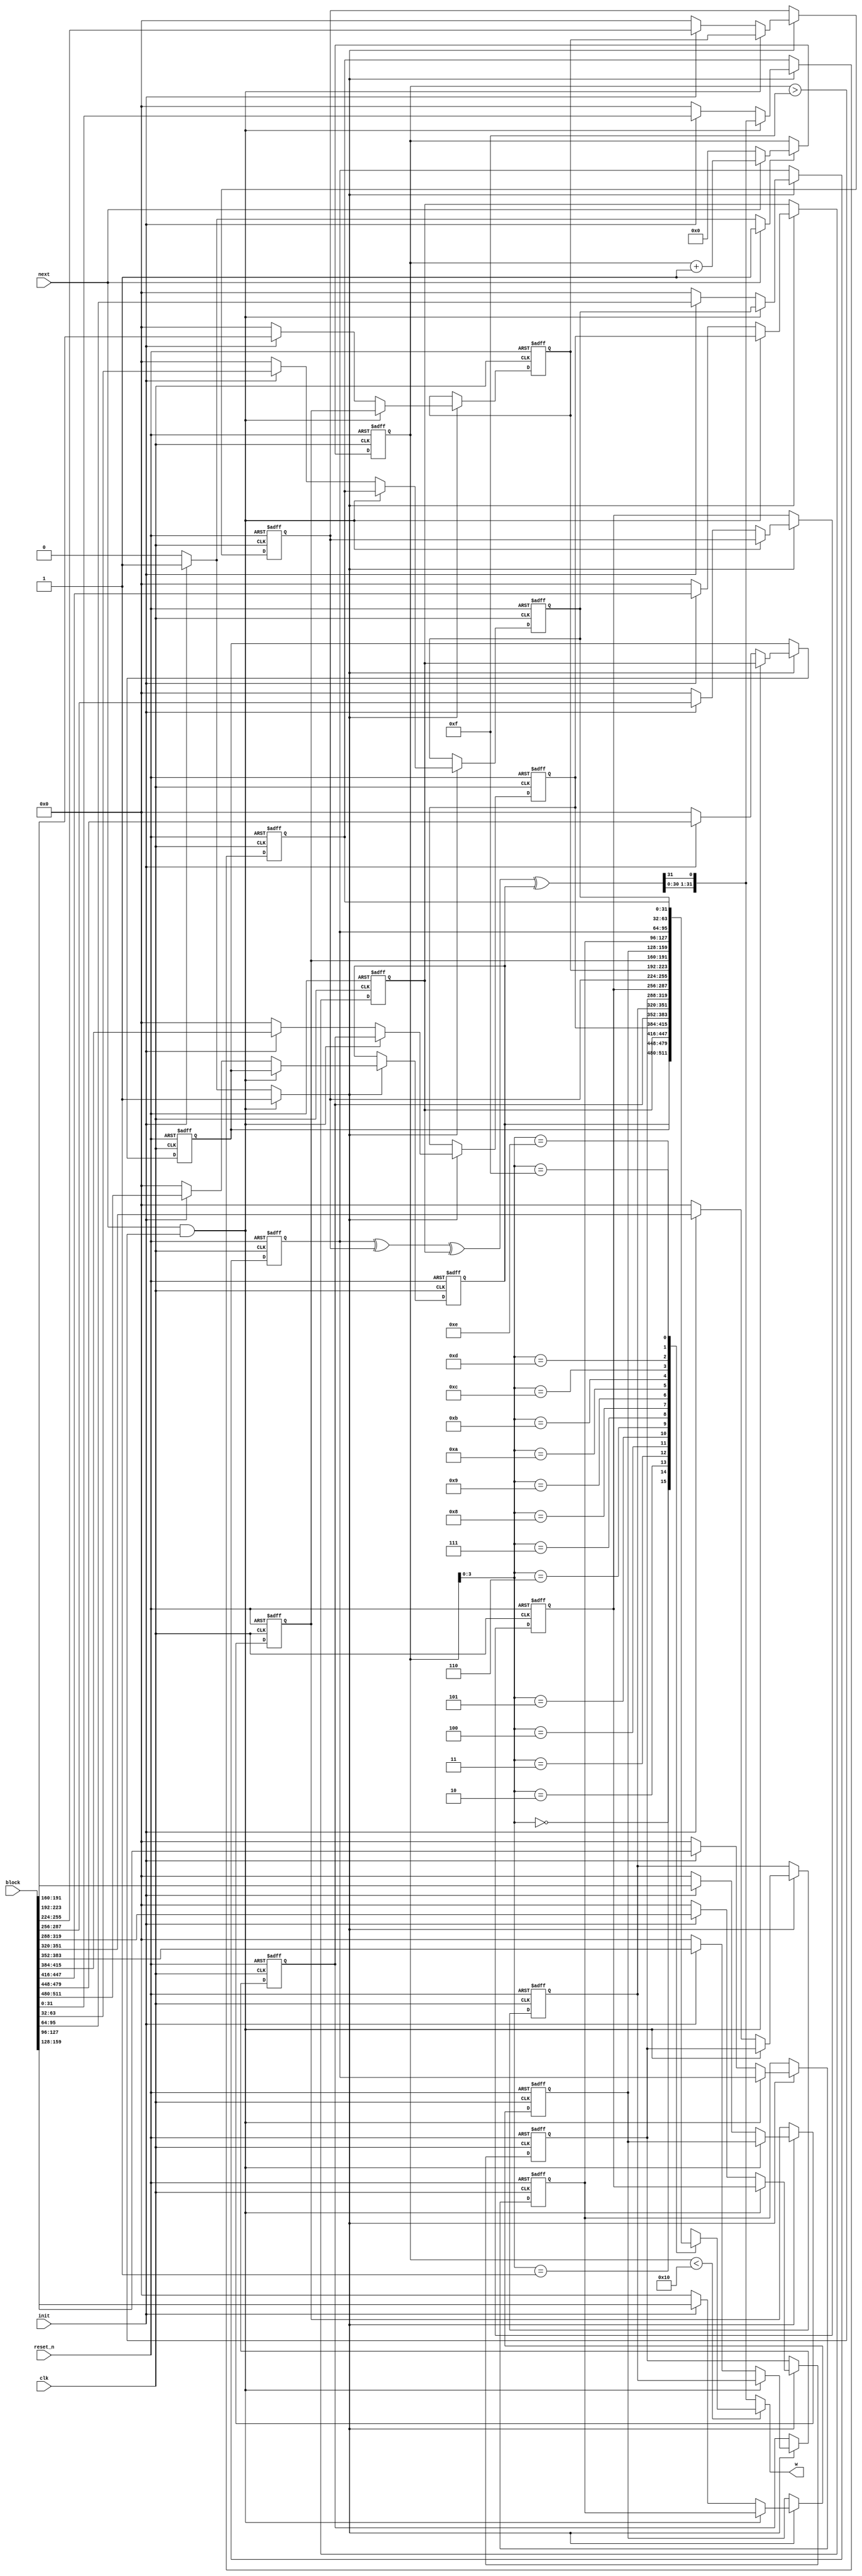
//======================================================================
//
// sha1_w_mem_reg.v
// -----------------
// The SHA-1 W memory. This memory includes functionality to
// expand the block into 80 words.
//
//
// Copyright (c) 2013 Secworks Sweden AB
// All rights reserved.
//
// Redistribution and use in source and binary forms, with or
// without modification, are permitted provided that the following
// conditions are met:
//
// 1. Redistributions of source code must retain the above copyright
//    notice, this list of conditions and the following disclaimer.
//
// 2. Redistributions in binary form must reproduce the above copyright
//    notice, this list of conditions and the following disclaimer in
//    the documentation and/or other materials provided with the
//    distribution.
//
// THIS SOFTWARE IS PROVIDED BY THE COPYRIGHT HOLDERS AND CONTRIBUTORS
// "AS IS" AND ANY EXPRESS OR IMPLIED WARRANTIES, INCLUDING, BUT NOT
// LIMITED TO, THE IMPLIED WARRANTIES OF MERCHANTABILITY AND FITNESS
// FOR A PARTICULAR PURPOSE ARE DISCLAIMED. IN NO EVENT SHALL THE
// COPYRIGHT OWNER OR CONTRIBUTORS BE LIABLE FOR ANY DIRECT, INDIRECT,
// INCIDENTAL, SPECIAL, EXEMPLARY, OR CONSEQUENTIAL DAMAGES (INCLUDING,
// BUT NOT LIMITED TO, PROCUREMENT OF SUBSTITUTE GOODS OR SERVICES;
// LOSS OF USE, DATA, OR PROFITS; OR BUSINESS INTERRUPTION) HOWEVER
// CAUSED AND ON ANY THEORY OF LIABILITY, WHETHER IN CONTRACT,
// STRICT LIABILITY, OR TORT (INCLUDING NEGLIGENCE OR OTHERWISE)
// ARISING IN ANY WAY OUT OF THE USE OF THIS SOFTWARE, EVEN IF
// ADVISED OF THE POSSIBILITY OF SUCH DAMAGE.
//
//======================================================================

module sha1_w_mem(
                  input wire           clk,
                  input wire           reset_n,

                  input wire [511 : 0] block,

                  input wire           init,
                  input wire           next,

                  output wire [31 : 0] w
                 );


  //----------------------------------------------------------------
  // Internal constant and parameter definitions.
  //----------------------------------------------------------------
  parameter SHA1_ROUNDS = 79;

  parameter CTRL_IDLE   = 1'b0;
  parameter CTRL_UPDATE = 1'b1;


  //----------------------------------------------------------------
  // Registers including update variables and write enable.
  //----------------------------------------------------------------
  reg [31 : 0] w_mem [0 : 15];
  reg [31 : 0] w_mem00_new;
  reg [31 : 0] w_mem01_new;
  reg [31 : 0] w_mem02_new;
  reg [31 : 0] w_mem03_new;
  reg [31 : 0] w_mem04_new;
  reg [31 : 0] w_mem05_new;
  reg [31 : 0] w_mem06_new;
  reg [31 : 0] w_mem07_new;
  reg [31 : 0] w_mem08_new;
  reg [31 : 0] w_mem09_new;
  reg [31 : 0] w_mem10_new;
  reg [31 : 0] w_mem11_new;
  reg [31 : 0] w_mem12_new;
  reg [31 : 0] w_mem13_new;
  reg [31 : 0] w_mem14_new;
  reg [31 : 0] w_mem15_new;
  reg          w_mem_we;

  reg [6 : 0] w_ctr_reg;
  reg [6 : 0] w_ctr_new;
  reg         w_ctr_we;


  //----------------------------------------------------------------
  // Wires.
  //----------------------------------------------------------------
  reg [31 : 0] w_tmp;
  reg [31 : 0] w_new;


  //----------------------------------------------------------------
  // Concurrent connectivity for ports etc.
  //----------------------------------------------------------------
  assign w = w_tmp;


  //----------------------------------------------------------------
  // reg_update
  //
  // Update functionality for all registers in the core.
  // All registers are positive edge triggered with
  // asynchronous active low reset.
  //----------------------------------------------------------------
  always @ (posedge clk or negedge reset_n)
    begin : reg_update
      integer i;

      if (!reset_n)
        begin
          for (i = 0 ; i < 16 ; i = i + 1)
            w_mem[i] <= 32'h0;

          w_ctr_reg <= 7'h0;
        end
      else
        begin
          if (w_mem_we)
            begin
              w_mem[00] <= w_mem00_new;
              w_mem[01] <= w_mem01_new;
              w_mem[02] <= w_mem02_new;
              w_mem[03] <= w_mem03_new;
              w_mem[04] <= w_mem04_new;
              w_mem[05] <= w_mem05_new;
              w_mem[06] <= w_mem06_new;
              w_mem[07] <= w_mem07_new;
              w_mem[08] <= w_mem08_new;
              w_mem[09] <= w_mem09_new;
              w_mem[10] <= w_mem10_new;
              w_mem[11] <= w_mem11_new;
              w_mem[12] <= w_mem12_new;
              w_mem[13] <= w_mem13_new;
              w_mem[14] <= w_mem14_new;
              w_mem[15] <= w_mem15_new;
            end

          if (w_ctr_we)
            w_ctr_reg <= w_ctr_new;
        end
    end // reg_update


  //----------------------------------------------------------------
  // select_w
  //
  // W word selection logic. Returns either directly from the
  // memory or the next w value calculated.
  //----------------------------------------------------------------
  always @*
    begin : select_w
      if (w_ctr_reg < 16)
        w_tmp = w_mem[w_ctr_reg[3 : 0]];
      else
        w_tmp = w_new;
    end // select_w


  //----------------------------------------------------------------
  // w_mem_update_logic
  //
  // Update logic for the W memory. This is where the scheduling
  // based on a sliding window is implemented.
  //----------------------------------------------------------------
  always @*
    begin : w_mem_update_logic
      reg [31 : 0] w_0;
      reg [31 : 0] w_2;
      reg [31 : 0] w_8;
      reg [31 : 0] w_13;
      reg [31 : 0] w_16;

      w_mem00_new = 32'h0;
      w_mem01_new = 32'h0;
      w_mem02_new = 32'h0;
      w_mem03_new = 32'h0;
      w_mem04_new = 32'h0;
      w_mem05_new = 32'h0;
      w_mem06_new = 32'h0;
      w_mem07_new = 32'h0;
      w_mem08_new = 32'h0;
      w_mem09_new = 32'h0;
      w_mem10_new = 32'h0;
      w_mem11_new = 32'h0;
      w_mem12_new = 32'h0;
      w_mem13_new = 32'h0;
      w_mem14_new = 32'h0;
      w_mem15_new = 32'h0;
      w_mem_we    = 0;

      w_0   = w_mem[0];
      w_2   = w_mem[2];
      w_8   = w_mem[8];
      w_13  = w_mem[13];
      w_16  = w_13 ^ w_8 ^ w_2 ^ w_0;
      w_new = {w_16[30 : 0], w_16[31]};

      if (init)
        begin
          w_mem00_new = block[511 : 480];
          w_mem01_new = block[479 : 448];
          w_mem02_new = block[447 : 416];
          w_mem03_new = block[415 : 384];
          w_mem04_new = block[383 : 352];
          w_mem05_new = block[351 : 320];
          w_mem06_new = block[319 : 288];
          w_mem07_new = block[287 : 256];
          w_mem08_new = block[255 : 224];
          w_mem09_new = block[223 : 192];
          w_mem10_new = block[191 : 160];
          w_mem11_new = block[159 : 128];
          w_mem12_new = block[127 :  96];
          w_mem13_new = block[95  :  64];
          w_mem14_new = block[63  :  32];
          w_mem15_new = block[31  :   0];
          w_mem_we    = 1;
        end

      if (next && (w_ctr_reg > 15))
        begin
          w_mem00_new = w_mem[01];
          w_mem01_new = w_mem[02];
          w_mem02_new = w_mem[03];
          w_mem03_new = w_mem[04];
          w_mem04_new = w_mem[05];
          w_mem05_new = w_mem[06];
          w_mem06_new = w_mem[07];
          w_mem07_new = w_mem[08];
          w_mem08_new = w_mem[09];
          w_mem09_new = w_mem[10];
          w_mem10_new = w_mem[11];
          w_mem11_new = w_mem[12];
          w_mem12_new = w_mem[13];
          w_mem13_new = w_mem[14];
          w_mem14_new = w_mem[15];
          w_mem15_new = w_new;
          w_mem_we    = 1;
        end
    end // w_mem_update_logic


  //----------------------------------------------------------------
  // w_ctr
  //
  // W schedule adress counter. Counts from 0x10 to 0x3f and
  // is used to expand the block into words.
  //----------------------------------------------------------------
  always @*
    begin : w_ctr
      w_ctr_new = 7'h0;
      w_ctr_we  = 1'h0;

      if (init)
        begin
          w_ctr_new = 7'h0;
          w_ctr_we  = 1'h1;
        end

      if (next)
        begin
          w_ctr_new = w_ctr_reg + 7'h01;
          w_ctr_we  = 1'h1;
        end
    end // w_ctr
endmodule // sha1_w_mem

//======================================================================
// sha1_w_mem.v
//======================================================================